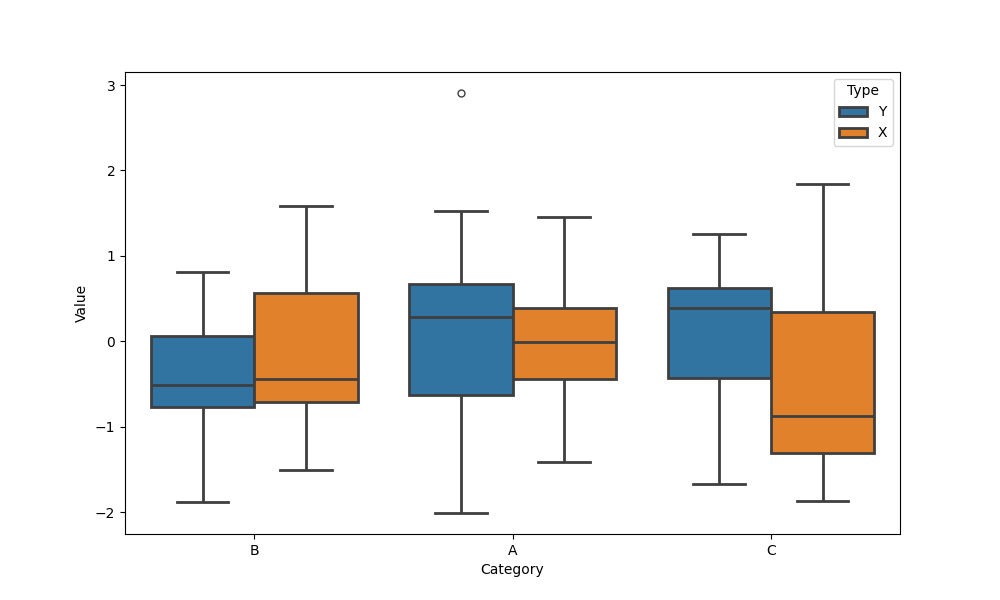
python, seaborn, boxplot, width=0.8, linewidth=2, fliersize=5, notch=False